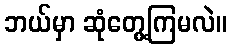
ဘယ်မှာ ဆုံတွေ့ကြမလဲ။